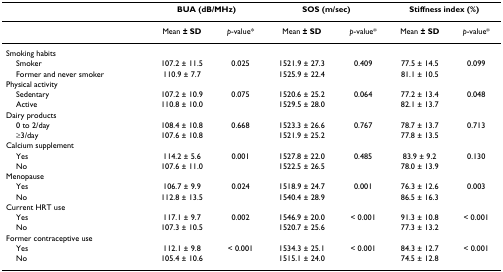
<table><thead><tr><td></td><td colspan="2"><b>BUA (dB/MHz)</b></td><td colspan="2"><b>SOS (m/sec)</b></td><td colspan="2"><b>Stiffness index (%)</b></td></tr></thead><tbody><tr><td></td><td>Mean <b>± SD</b></td><td><i>p</i>-value*</td><td>Mean <b>± SD</b></td><td><i>p</i>-value*</td><td>Mean <b>± SD</b></td><td><i>p</i>-value*</td></tr><tr><td>Smoking habits</td><td></td><td></td><td></td><td></td><td></td><td></td></tr><tr><td> Smoker</td><td>107.2 ± 11.5</td><td>0.025</td><td>1521.9 ± 27.3</td><td>0.409</td><td>77.5 ± 14.5</td><td>0.099</td></tr><tr><td> Former and never smoker</td><td>110.9 ± 7.7</td><td></td><td>1525.9 ± 22.4</td><td></td><td>81.1 ± 10.5</td><td></td></tr><tr><td>Physical activity</td><td></td><td></td><td></td><td></td><td></td><td></td></tr><tr><td> Sedentary</td><td>107.2 ± 10.9</td><td>0.075</td><td>1520.6 ± 25.2</td><td>0.064</td><td>77.2 ± 13.4</td><td>0.048</td></tr><tr><td> Active</td><td>110.8 ± 10.0</td><td></td><td>1529.5 ± 28.0</td><td></td><td>82.1 ± 13.7</td><td></td></tr><tr><td>Dairy products</td><td></td><td></td><td></td><td></td><td></td><td></td></tr><tr><td> 0 to 2/day</td><td>108.4 ± 10.8</td><td>0.668</td><td>1523.3 ± 26.6</td><td>0.767</td><td>78.7 ± 13.7</td><td>0.713</td></tr><tr><td> ≥3/day</td><td>107.6 ± 10.8</td><td></td><td>1521.9 ± 25.2</td><td></td><td>77.8 ± 13.5</td><td></td></tr><tr><td>Calcium supplement</td><td></td><td></td><td></td><td></td><td></td><td></td></tr><tr><td> Yes</td><td>114.2 ± 5.6</td><td>0.001</td><td>1527.8 ± 22.0</td><td>0.485</td><td>83.9 ± 9.2</td><td>0.130</td></tr><tr><td> No</td><td>107.6 ± 11.0</td><td></td><td>1522.5 ± 26.5</td><td></td><td>78.0 ± 13.9</td><td></td></tr><tr><td>Menopause</td><td></td><td></td><td></td><td></td><td></td><td></td></tr><tr><td> Yes</td><td>106.7 ± 9.9</td><td>0.024</td><td>1518.9 ± 24.7</td><td>0.001</td><td>76.3 ± 12.6</td><td>0.003</td></tr><tr><td> No</td><td>112.8 ± 13.5</td><td></td><td>1540.4 ± 28.9</td><td></td><td>86.5 ± 16.3</td><td></td></tr><tr><td>Current HRT use</td><td></td><td></td><td></td><td></td><td></td><td></td></tr><tr><td> Yes</td><td>117.1 ± 9.7</td><td>0.002</td><td>1546.9 ± 20.0</td><td>&lt; 0.001</td><td>91.3 ± 10.8</td><td>&lt; 0.001</td></tr><tr><td> No</td><td>107.3 ± 10.5</td><td></td><td>1520.7 ± 25.6</td><td></td><td>77.3 ± 13.2</td><td></td></tr><tr><td>Former contraceptive use</td><td></td><td></td><td></td><td></td><td></td><td></td></tr><tr><td> Yes</td><td>112.1 ± 9.8</td><td>&lt; 0.001</td><td>1534.3 ± 25.1</td><td>&lt; 0.001</td><td>84.3 ± 12.7</td><td>&lt; 0.001</td></tr><tr><td> No</td><td>105.4 ± 10.6</td><td></td><td>1515.1 ± 24.0</td><td></td><td>74.5 ± 12.8</td><td></td></tr></tbody></table>